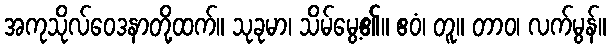
အကုသိုလ်ဝေဒနာတို့ထက်။ သုခုမာ၊ သိမ်မွေ့၏။ ဧဝံ၊ တူ။ တာဝ၊ လက်မွန်။